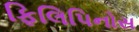
ફિલિપિનોસ